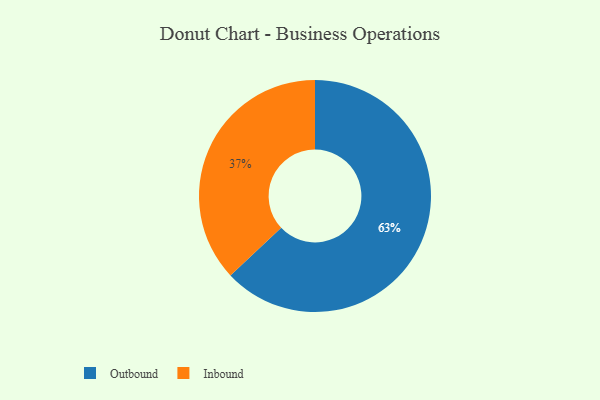
{"axis": {"x": "Category", "y": "Percentage"}, "legend": ["Inbound", "Outbound"], "data": [{"x": "Outbound", "y": 63, "type": "Outbound"}, {"x": "Inbound", "y": 37, "type": "Inbound"}]}